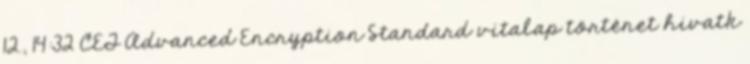
12., 14:32 CET Advanced Encryption Standard vitalap történet hivatk